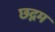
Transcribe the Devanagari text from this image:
छद्नम